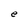
Character: e